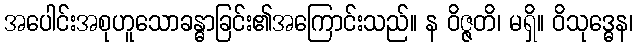
အပေါင်းအစုဟူသောခန္ဓာခြင်း၏အကြောင်းသည်။ န ဝိဇ္ဇတိ၊ မရှိ။ ဝိသုဒ္ဓေန၊